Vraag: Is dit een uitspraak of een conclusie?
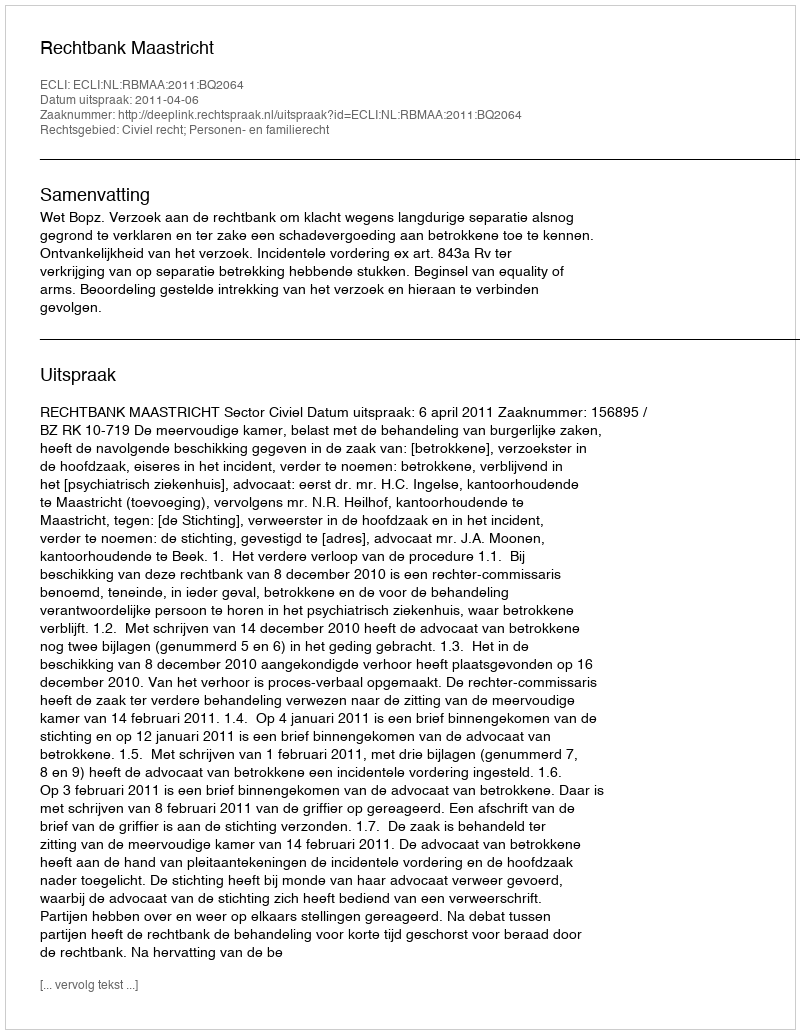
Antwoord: Uitspraak